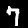
Digit: 7